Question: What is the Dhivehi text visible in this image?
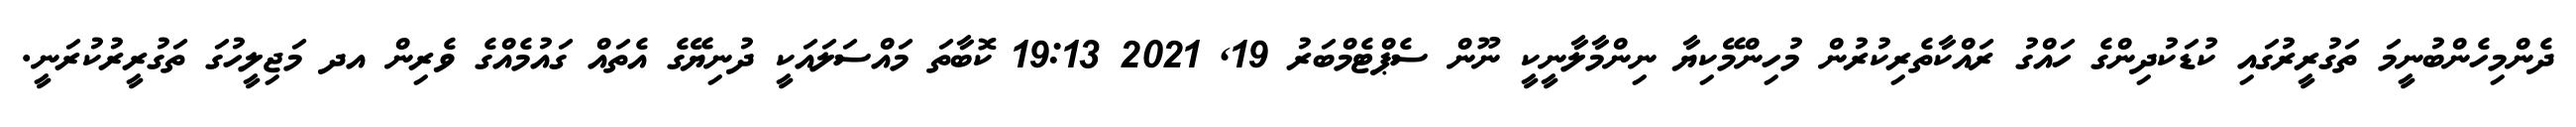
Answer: ދެންމިހެންބުނީމަ ތަގުރީރުގައި ކުޑަކުދިންގެ ހައްގު ރައްކާތެރިކުރުން މުހިންމޭކިޔާ ނިންމާލާނީކީ ނޫން ސެޕްޓެމްބަރު 19, 2021 19:13 ކޮބާތަ މައްސަލައަކީ ދުނިޔޭގެ އެތައް ގައުމެއްގެ ވެރިން އދ މަޖިލީހުގަ ތަގުރީރުކުރަނީ.